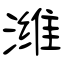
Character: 潍